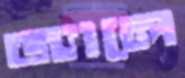
জ্যালে